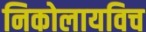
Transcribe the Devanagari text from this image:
निकोलायविच